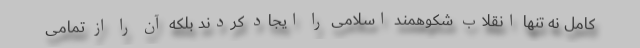
کامل نه تنها انقلاب شکوهمند اسلامی را ایجاد کردند بلکه آن را از تمامی